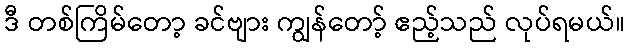
ဒီ တစ်ကြိမ်တော့ ခင်ဗျား ကျွန်တော့် ဧည့်သည် လုပ်ရမယ်။